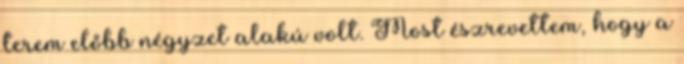
terem előbb négyzet alakú volt. Most észrevettem, hogy a